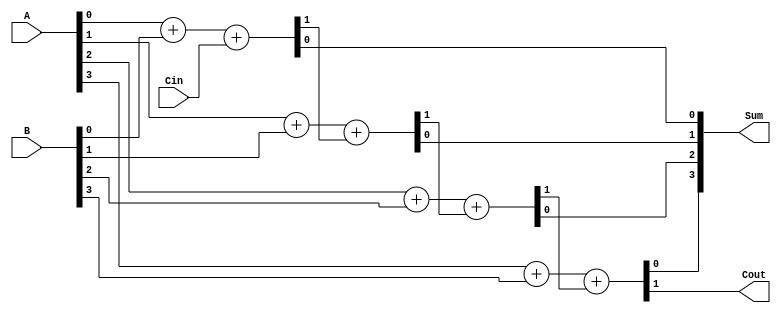
module RippleCarryAdder4bit (
  input [3:0] A,
  input [3:0] B,
  input Cin,
  output [3:0] Sum,
  output Cout
);

  wire [3:0] C;
  wire [3:0] S;

  genvar i;
  generate
    for (i = 0; i < 4; i = i + 1) begin : gen_loop
      assign {C[i], S[i]} = A[i] + B[i] + (i > 0 ? C[i-1] : Cin);
    end
  endgenerate

  assign Sum = S;
  assign Cout = C[3];

endmodule